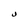
Character: J